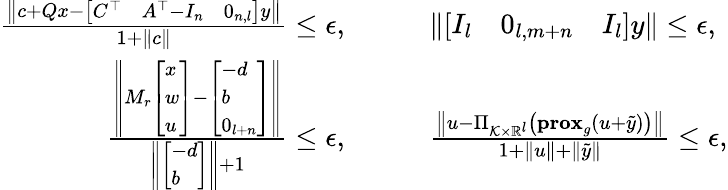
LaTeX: \begin{array}{rl}{\frac{\left\| c+Qx-\left[\begin{array}{lll}{C^{\top}}&{A^{\top}-I_{n}}&{0_{n,l}}\end{array}\right]y\right\| }{1+\| c\| }\leq\epsilon,}&{\qquad\left\| \left[\begin{array}{lll}{I_{l}}&{0_{l,m+n}}&{I_{l}}\end{array}\right]y\right\| \leq\epsilon,}\\ {\frac{\left\| M_{r}\left[\begin{array}{l}{x}\\ {w}\\ {u}\end{array}\right]-\left[\begin{array}{l}{-d}\\ {b}\\ {0_{l+n}}\end{array}\right]\right\| }{\left\| \left[\begin{array}{l}{-d}\\ {b}\end{array}\right]\right\| +1}\leq\epsilon,}&{\qquad\frac{\left\| u-\Pi_{\mathcal{K}\times\mathbb{R}^{l}}\left(\textbf{prox}_{g}\left(u+\tilde{y}\right)\right)\right\| }{1+\| u\| +\left\| \tilde{y}\right\| }\leq\epsilon,}\end{array}